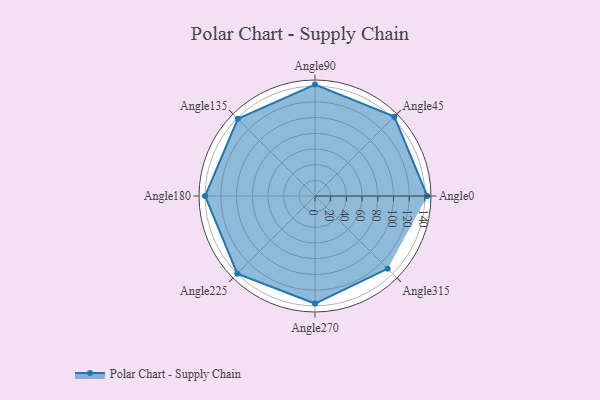
{"axis": {"x": "Angle", "y": "Radius"}, "legend": [""], "data": [{"x": "Angle0", "y": 143.0, "type": ""}, {"x": "Angle45", "y": 143.0, "type": ""}, {"x": "Angle90", "y": 142.0, "type": ""}, {"x": "Angle135", "y": 139.0, "type": ""}, {"x": "Angle180", "y": 140.0, "type": ""}, {"x": "Angle225", "y": 140.0, "type": ""}, {"x": "Angle270", "y": 137.0, "type": ""}, {"x": "Angle315", "y": 131.0, "type": ""}]}